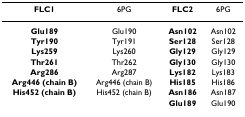
<table><thead><tr><td><b>FLC1</b></td><td><b>6PG</b></td><td><b>FLC2</b></td><td><b>6PG</b></td></tr></thead><tbody><tr><td><b>Glu189</b></td><td>Glu190</td><td><b>Asn102</b></td><td>Asn102</td></tr><tr><td><b>Tyr190</b></td><td>Tyr191</td><td><b>Ser128</b></td><td>Ser128</td></tr><tr><td><b>Lys259</b></td><td>Lys260</td><td><b>Gly129</b></td><td>Gly129</td></tr><tr><td><b>Thr261</b></td><td>Thr262</td><td><b>Gly130</b></td><td>Gly130</td></tr><tr><td><b>Arg286</b></td><td>Arg287</td><td><b>Lys182</b></td><td>Lys183</td></tr><tr><td><b>Arg446 (chain B)</b></td><td>Arg446 (chain B)</td><td><b>His185</b></td><td>His186</td></tr><tr><td><b>His452 (chain B)</b></td><td>His452 (chain B)</td><td><b>Asn186</b></td><td>Asn187</td></tr><tr><td></td><td></td><td><b>Glu189</b></td><td>Glu190</td></tr></tbody></table>